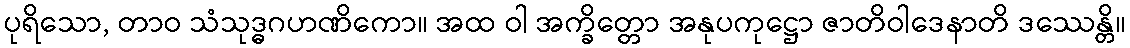
ပုရိသော, တာဝ သံသုဒ္ဓဂဟဏိကော။ အထ ဝါ အက္ခိတ္တော အနုပကုဋ္ဌော ဇာတိဝါဒေနာတိ ဒဿေန္တိ။